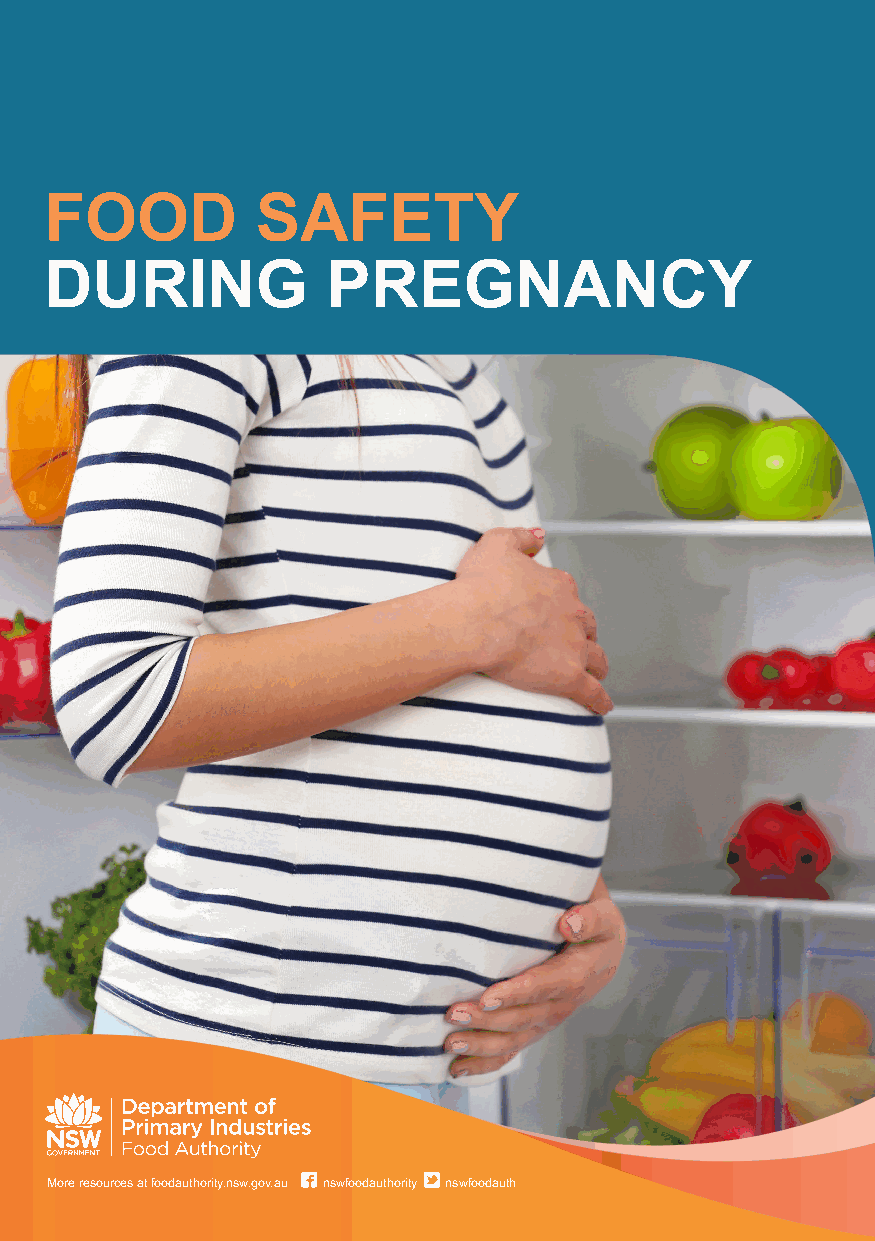
FOOD          SAFETY
 DURING             PREGNANCY
 More resources at foodauthority.nsw.gov.au nswfoodauthority nswfoodauth